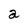
Character: a